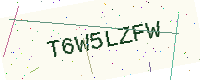
Text: T6W5LZFW